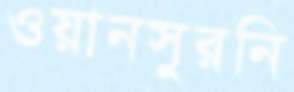
ওয়ানসুরনি